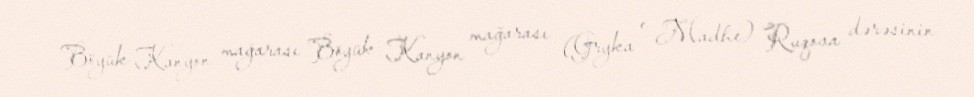
Böyük Kanyon mağarası Böyük Kanyon mağarası (Gryka e Madhe) Ruqova dərəsinin